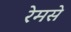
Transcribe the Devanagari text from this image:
रेमसे